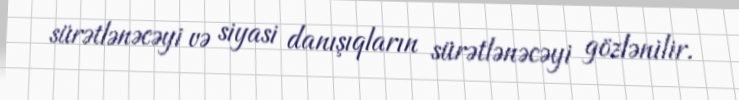
sürətlənəcəyi və siyasi danışıqların sürətlənəcəyi gözlənilir.